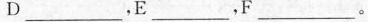
D___，E___，F___。